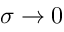
\sigma \rightarrow 0